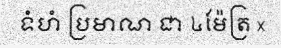
ទំហំ ប្រមាណ ជា ៤ម៉ែត្រ x